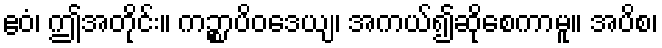
ဧဝံ၊ ဤအတိုင်း။ ကဉ္စာပိဝဒေယျ၊ အကယ်၍ဆိုစေကာမူ။ အပိစ၊